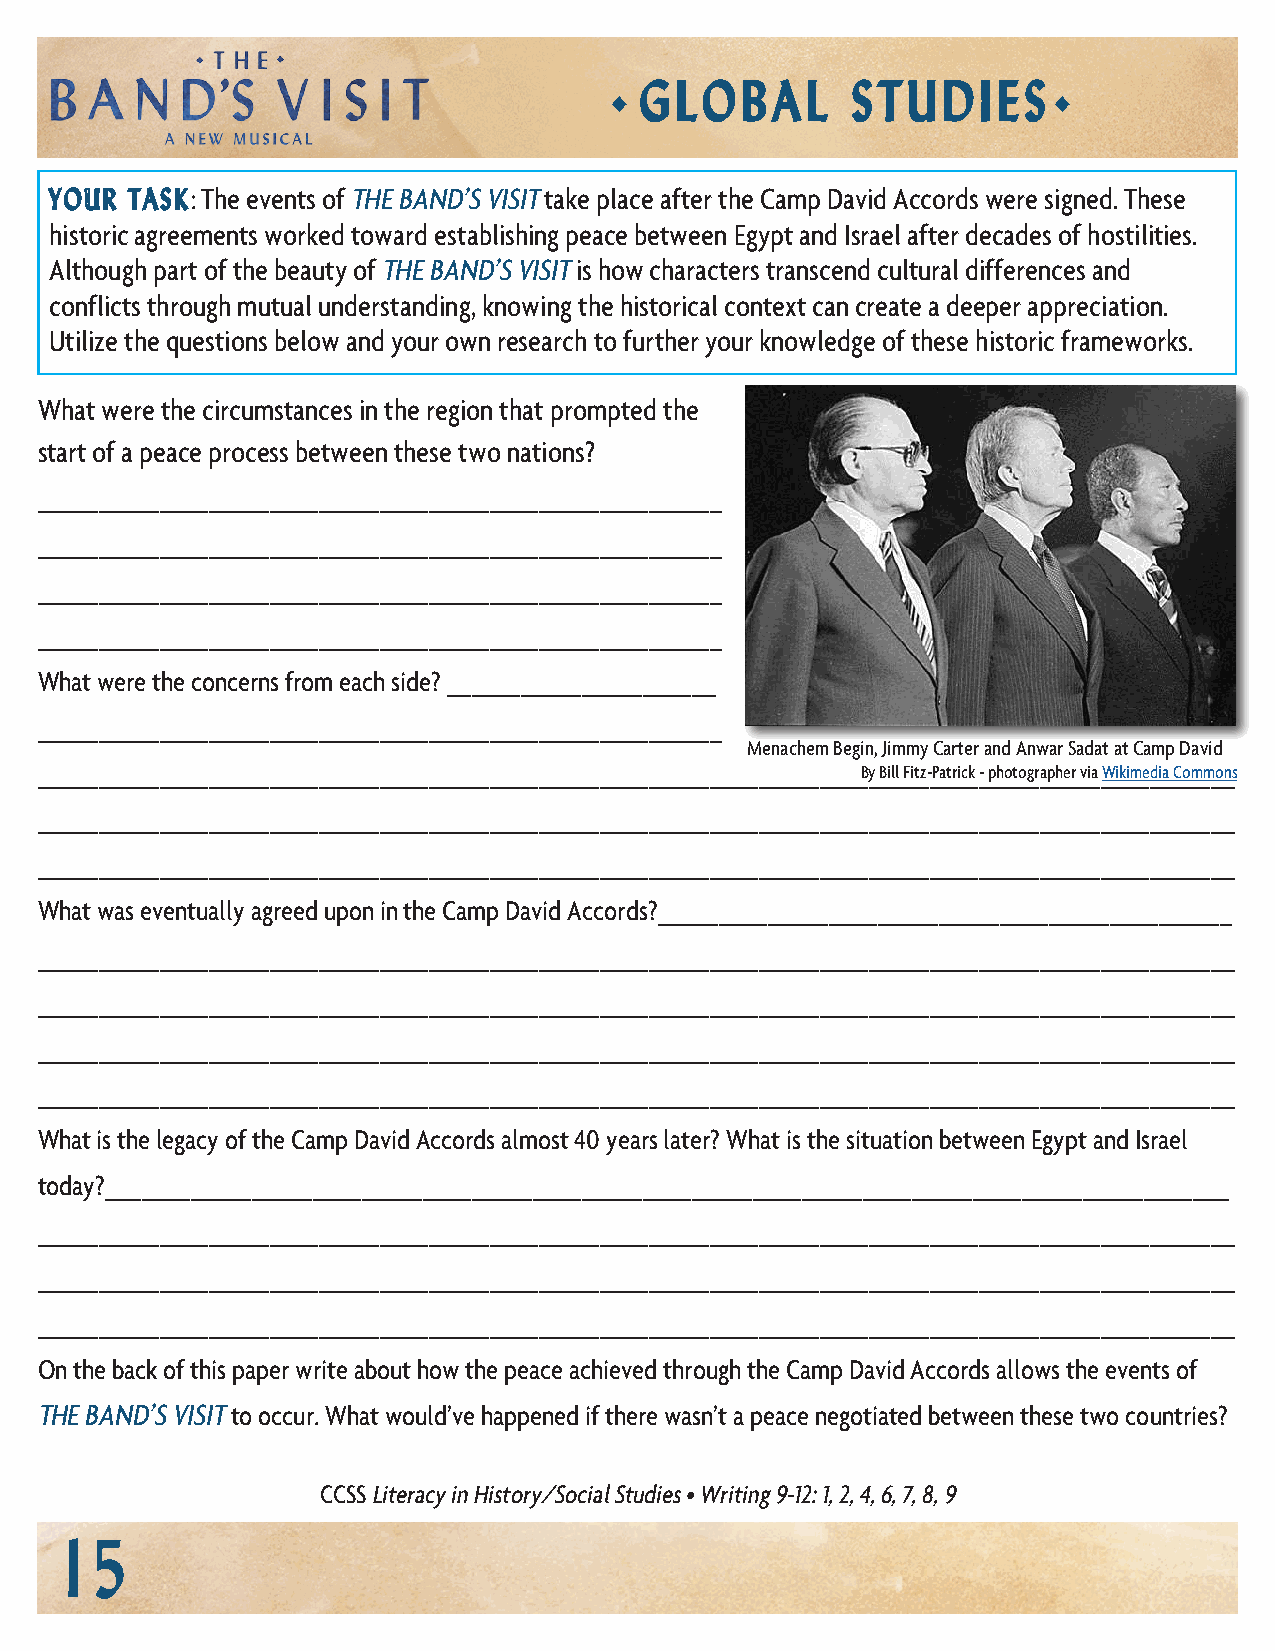
G  L O B A L  S T U D  I E S
 ◆                             ◆
 YOUR TASK: The events of THE BAND’S VISIT take place after the Camp David Accords were signed. These
 historic agreements worked toward establishing peace between Egypt and Israel after decades of hostilities.
 Although part of the beauty of THE BAND’S VISIT is how characters transcend cultural differences and
 conflicts through mutual understanding, knowing the historical context can create a deeper appreciation.
 Utilize the questions below and your own research to further your knowledge of these historic frameworks.
 What were the circumstances in the region that prompted the
 start of a peace process between these two nations?
 ________________________________________________________
 ________________________________________________________
 ________________________________________________________
 ________________________________________________________
 What were the concerns from each side? ______________________
 ________________________________________________________
 Menachem Begin, Jimmy Carter and Anwar Sadat at Camp David
 ____________________________________________________________________B_y B_il_l F_it_z-_Pa_tr_ic_k _- p_h_ot_og_ra_p_he_r _vi_a _W_ik_im_e_di_a C_o_m_m_o_ns
 __________________________________________________________________________________________________
 __________________________________________________________________________________________________
 What was eventually agreed upon in the Camp David Accords?_______________________________________________
 __________________________________________________________________________________________________
 __________________________________________________________________________________________________
 __________________________________________________________________________________________________
 __________________________________________________________________________________________________
 What is the legacy of the Camp David Accords almost 40 years later? What is the situation between Egypt and Israel
 today?____________________________________________________________________________________________
 __________________________________________________________________________________________________
 __________________________________________________________________________________________________
 __________________________________________________________________________________________________
 On the back of this paper write about how the peace achieved through the Camp David Accords allows the events of
 THE BAND’S VISIT to occur. What would’ve happened if there wasn’t a peace negotiated between these two countries?
 CCSS Literacy in History/Social Studies • Writing 9-12: 1, 2, 4, 6, 7, 8, 9
 15